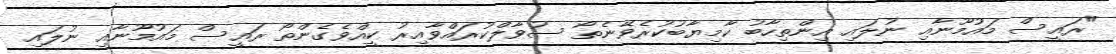
"ރައީސް މައުމޫނާއި ނުލައި އިންތިހާބު ކާމިޔާބުކުރެވޭނެތޯ ސުވާލްކުރައްވާއިރު ކީއްވެގެންތޯ ރައީސް މައުމޫނާއި ނުލައި